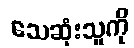
သေဆုံးသူကို